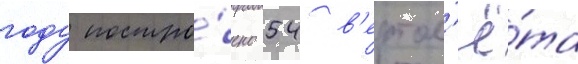
году постро́ено 54 в'ертол'ё́та